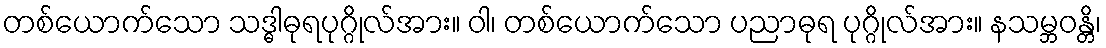
တစ်ယောက်သော သဒ္ဓါဓုရပုဂ္ဂိုလ်အား။ ဝါ၊ တစ်ယောက်သော ပညာဓုရ ပုဂ္ဂိုလ်အား။ နသမ္ဘဝန္တိ၊